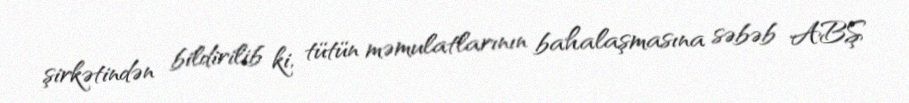
şirkətindən bildirilib ki, tütün məmulatlarının bahalaşmasına səbəb ABŞ